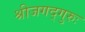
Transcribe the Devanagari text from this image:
श्रीजगद्गुरुः